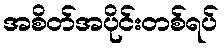
အစိတ်အပိုင်းတစ်ရပ်